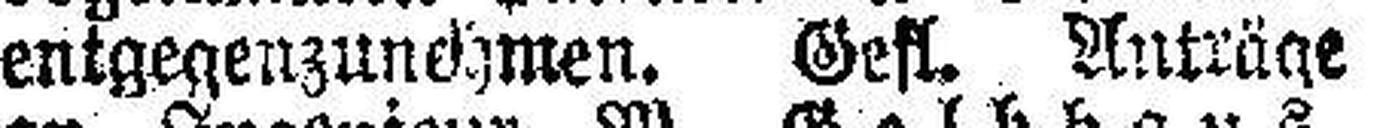
entgegenzunehmen. Gefl. Anträge